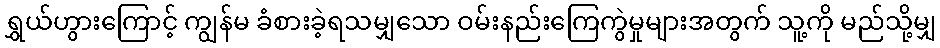
ရွှယ်ဟွားကြောင့် ကျွန်မ ခံစားခဲ့ရသမျှသော ဝမ်းနည်းကြေကွဲမှုများအတွက် သူ့ကို မည်သို့မျှ